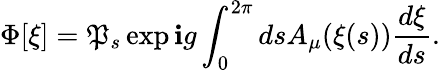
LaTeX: \Phi[\xi]=\mathfrak{P}_{s}\exp\mathbf{i}g\int_{0}^{2\pi}dsA_{\mu}(\xi(s))\frac{{d\xi}}{{ds}}.